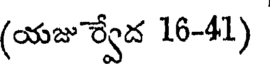
(యజు ర్వేద 16-41)